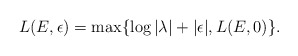
\begin{align*}L(E,\epsilon)=\max \{\log |\lambda|+|\epsilon|,L(E,0)\}.\end{align*}